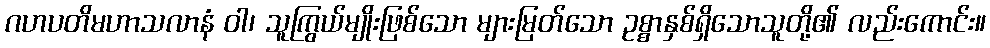
ဂဟပတိမဟာသလာနံ ဝါ၊ သူကြွယ်မျိုးဖြစ်သော များမြတ်သော ဥစ္စာနှစ်ရှိသောသူတို့၏ လည်းကောင်း။